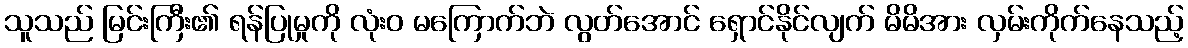
သူသည် မြင်းကြီး၏ ရန်ပြုမှုကို လုံးဝ မကြောက်ဘဲ လွတ်အောင် ရှောင်နိုင်လျက် မိမိအား လှမ်းကိုက်နေသည့်